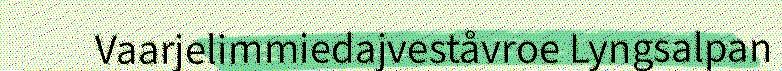
Vaarjelimmiedajveståvroe Lyngsalpan